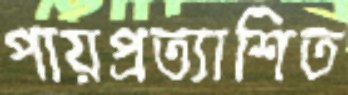
পায়প্রত্যাশিত